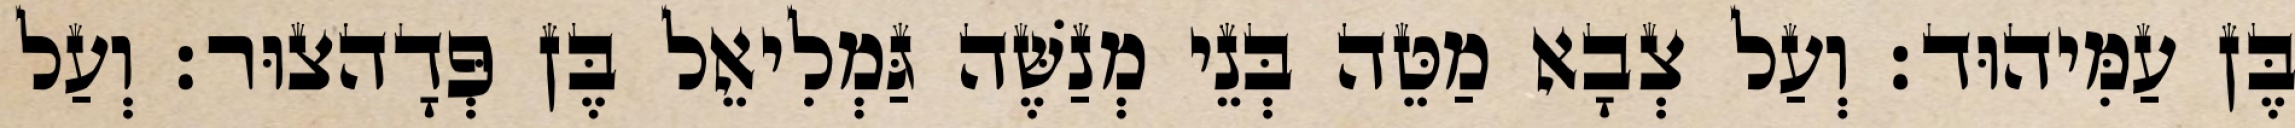
בֶּן עַמִּיהוּד׃ וְעַל צְבָא מַטֵּה בְּנֵי מְנַשֶּׁה גַּמְלִיאֵל בֶּן פְּדָהצוּר׃ וְעַל